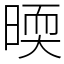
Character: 㬉